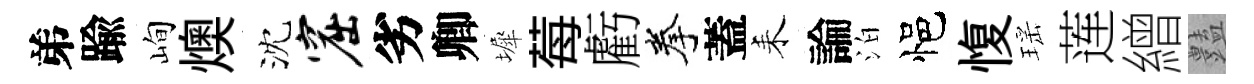
弟踰峋燠沈窟劣卿墀莓虧拳蓋耒論泊悒愎瑶莲繒𧰟